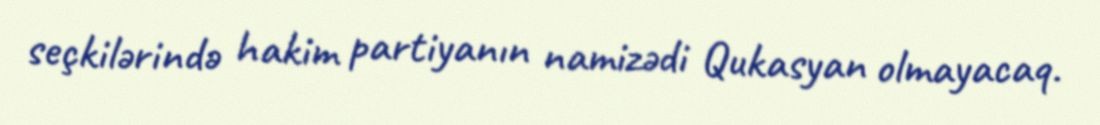
seçkilərində hakim partiyanın namizədi Qukasyan olmayacaq.